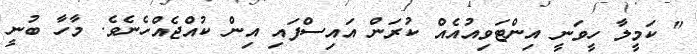
" ކަމީލާ ހީވަނީ އިންޓަވިއުއެއް ކުރަން އައިސްފައި އިން ކުއްޖެއްހެނެވެ. މާހާ ބުނީ